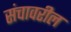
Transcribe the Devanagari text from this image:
संचावरील